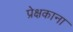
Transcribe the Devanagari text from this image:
प्रेक्षकाना